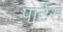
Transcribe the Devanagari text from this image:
पोर्टर्स